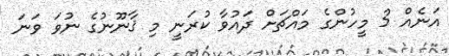
އަނެއް 3 މީހުންގެ މައްޗަށް ދައުވާ ކުރަނީ މި ޤާނޫނުގެ ނުވަ ވަނަ